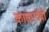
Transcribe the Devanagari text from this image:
कासारदेवी